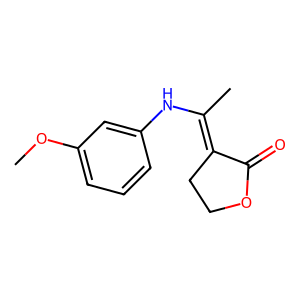
SMILES: COc1cccc(NC(C)=C2CCOC2=O)c1
Inhibits HIV replication: No